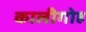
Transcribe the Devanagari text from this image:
कालीगोह